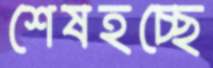
শেষহচ্ছে